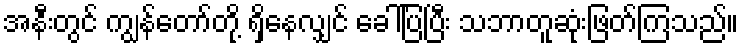
အနီးတွင် ကျွန်တော်တို့ ရှိနေလျှင် ခေါ်ပြပြီး သဘာတူဆုံးဖြတ်ကြသည်။